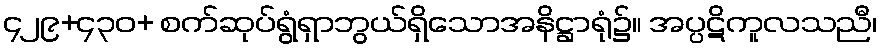
၄၂၉+၄၃၀+ စက်ဆုပ်ရွံရှာဘွယ်ရှိသောအနိဋ္ဌာရုံ၌။ အပ္ပဋိကူလသညီ၊